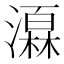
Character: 𪷩